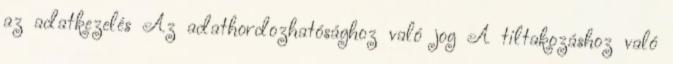
az adatkezelés Az adathordozhatósághoz való jog A tiltakozáshoz való